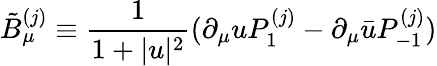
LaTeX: \tilde{B}_{\mu}^{(j)}\equiv\frac{1}{1+|u|^{2}}(\partial_{\mu}uP_{1}^{(j)}-\partial_{\mu}\bar{u}P_{-1}^{(j)})